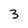
Character: 3